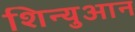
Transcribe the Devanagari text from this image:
शिन्युआन